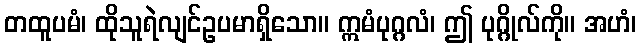
တထူပမံ၊ ထိုသူရဲလျင်ဥပမာရှိသော။ ဣမံပုဂ္ဂလံ၊ ဤ ပုဂ္ဂိုလ်ကို။ အဟံ၊